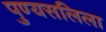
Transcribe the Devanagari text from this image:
पुण्यसलिला